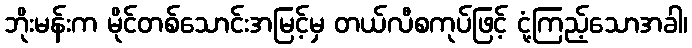
ဘိုးမန်းက မိုင်တစ်သောင်းအမြင့်မှ တယ်လီစကုပ်ဖြင့် ငုံ့ကြည့်သောအခါ၊